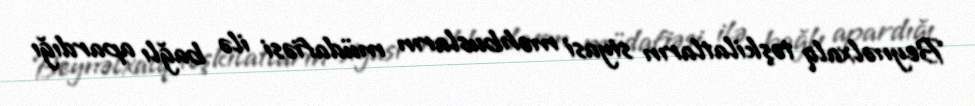
Beynəlxalq təşkilatların siyasi məhbusların müdafiəsi ilə bağlı apardığı